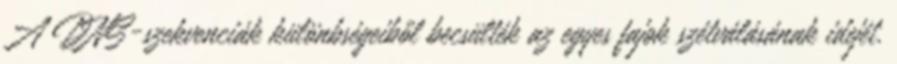
A DNS-szekvenciák különbségeiből becsülték az egyes fajok szétválásának idejét.